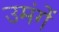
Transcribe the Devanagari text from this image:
उमंगें